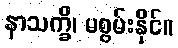
နာသက္ခိ၊ မစွမ်းနိုင်။